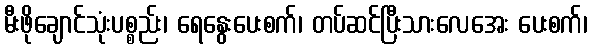
မီးဖိုချောင်သုံးပစ္စည်း၊ ရေနွေးပေးစက်၊ တပ်ဆင်ပြီးသားလေအေး ပေးစက်၊